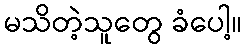
မသိတဲ့သူတွေ ခံပေါ့။